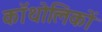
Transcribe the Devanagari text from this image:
कॉथोलिकों